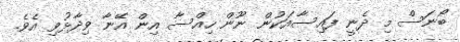
ބޯނަސް މި ދެނީ ފައިސާއަކުން ނޫން ހިއްސާ އިން އޭނާ ވިދާޅުވި އެވެ.